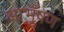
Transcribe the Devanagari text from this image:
आभूँषण